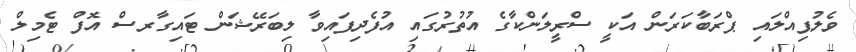
ވެލުޕިއްލައި ޕްރަބާކަރަން އަކީ ސްރީލަންކާގެ އުތުރުގައި އުފެދިފައިވާ ލިބަރޭޝަން ޓައިގާރސް އޮފް ޓެމިލް